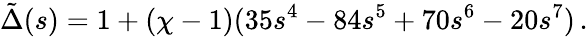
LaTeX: \tilde{\Delta}(s)=1+(\chi-1)(35s^{4}-84s^{5}+70s^{6}-20s^{7})\, .